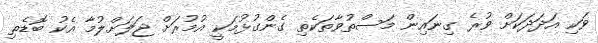
ވަކި އަދަދަކަށް ވުރެ ގިނައިން މަސްތުވާތަކެތި ގެންގުޅުމަކީ އުމުރަށް ޖަލަށްލުމާ އެކު ބޮޑެތި